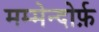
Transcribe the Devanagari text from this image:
मम्मेन्दोर्फ़